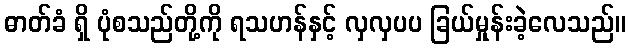
ဓာတ်ခံ ရှိ ပုံစသည်တို့ကို ရသဟန်နှင့် လှလှပပ ခြယ်မှုန်းခဲ့လေသည်။